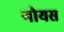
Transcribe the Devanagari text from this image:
गोयस